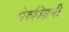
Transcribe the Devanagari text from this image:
पेरुज्ज़िनी